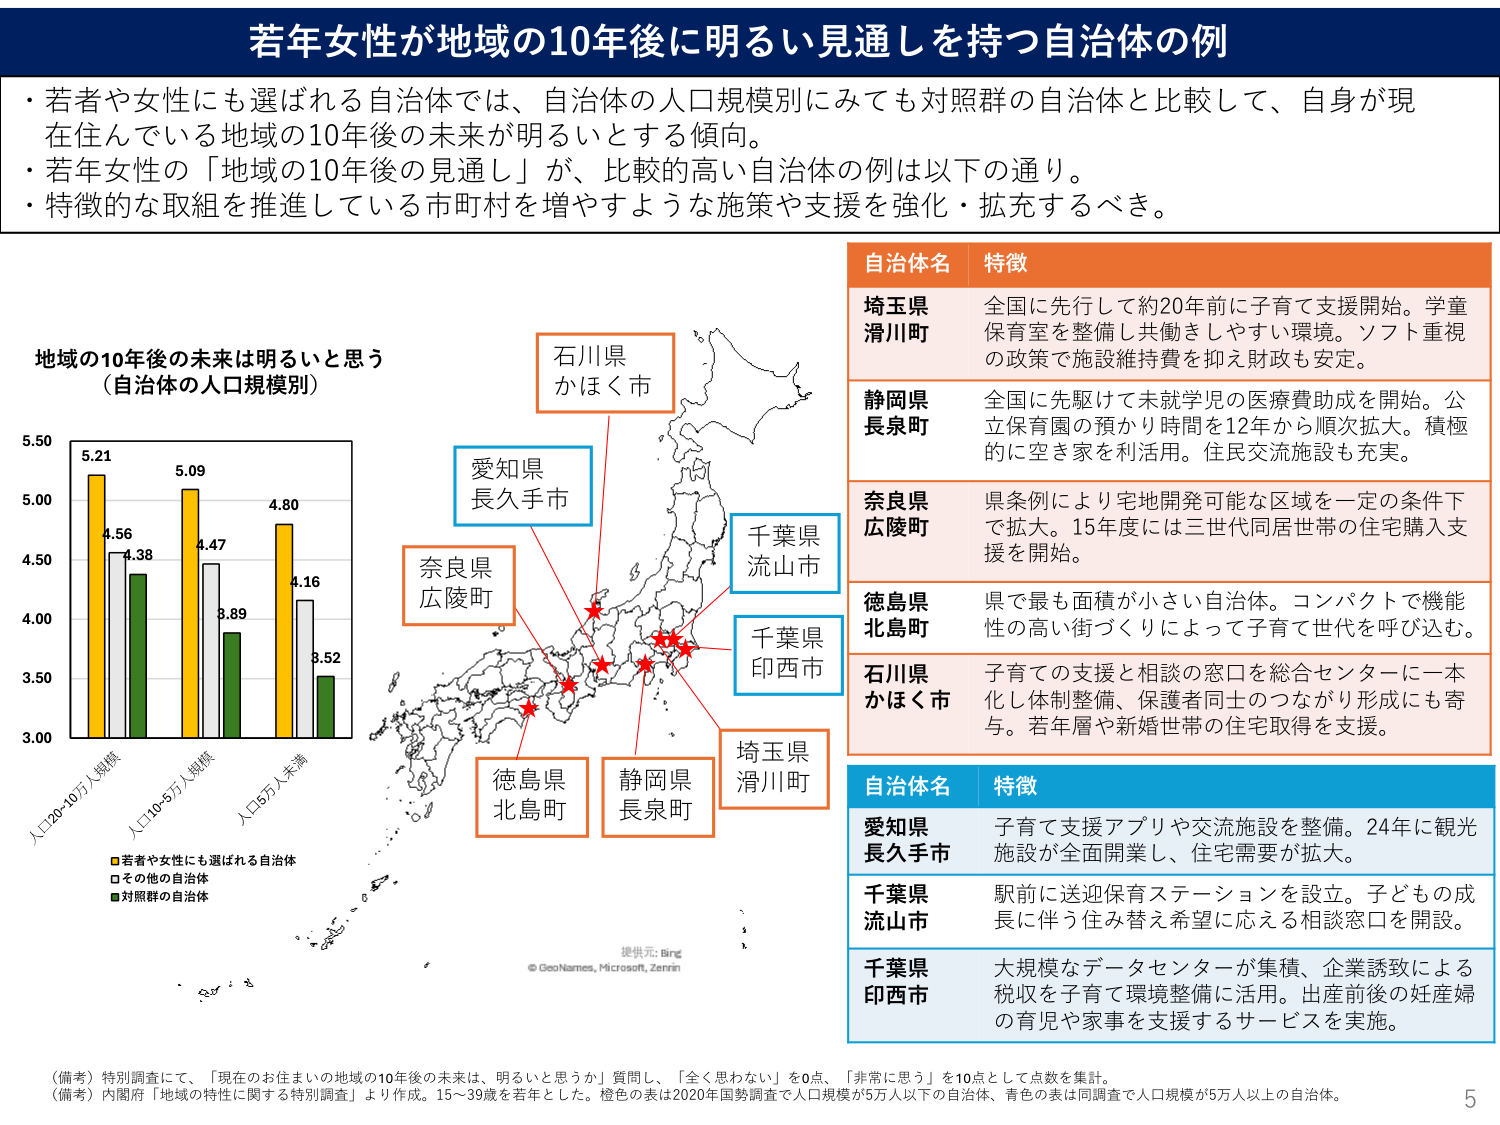
若年女性が地域の10年後に明るい見通しを持つ自治体の例

・若者や女性にも選ばれる自治体では、自治体の人口規模別にみても対照群の自治体と比較して、自身が現在住んでいる地域の10年後の未来が明るいとする傾向。
・若年女性の「地域の10年後の見通し」が、比較的高い自治体の例は以下の通り。
・特徴的な取組を推進している市町村を増やすような施策や支援を強化・拡充するべき。

地域の10年後の未来は明るいと思う
（自治体の人口規模別）

5.21
4.56
4.38
5.09
4.47
3.89
4.80
4.16
3.52

人口20~10万人規模
人口10~5万人規模
人口5万人未満

■若者や女性にも選ばれる自治体
□その他の自治体
■対照群の自治体

石川県
かほく市

愛知県
長久手市

奈良県
広陵町

千葉県
流山市

千葉県
印西市

徳島県
北島町

静岡県
長泉町

埼玉県
滑川町

自治体名 特徴

埼玉県
滑川町
全国に先行して約20年前に子育て支援開始。学童保育室を整備し共働きしやすい環境。ソフト重視の政策で施設維持費を抑え財政も安定。

静岡県
長泉町
全国に先駆けて未就学児の医療費助成を開始。公立保育園の預かり時間を12年から順次拡大。積極的に空き家を利活用。住民交流施設も充実。

奈良県
広陵町
県条例により宅地開発可能な区域を一定の条件下で拡大。15年度には三世代同居世帯の住宅購入支援を開始。

徳島県
北島町
県で最も面積が小さい自治体。コンパクトで機能性の高い街づくりによって子育て世代を呼び込む。

石川県
かほく市
子育ての支援と相談の窓口を総合センターに一本化し体制整備、保護者同士のつながり形成にも寄与。若年層や新婚世帯の住宅取得を支援。

自治体名 特徴

愛知県
長久手市
子育て支援アプリや交流施設を整備。24年に観光施設が全面開業し、住宅需要が拡大。

千葉県
流山市
駅前に送迎保育ステーションを設立。子どもの成長に伴う住み替え希望に応える相談窓口を開設。

千葉県
印西市
大規模なデータセンターが集積、企業誘致による税収を子育て環境整備に活用。出産前後の妊産婦の育児や家事を支援するサービスを実施。

提供元: Bing
© GeoNames, Microsoft, Zenrin

（備考）特別調査にて、「現在のお住まいの地域の10年後の未来は、明るいと思うか」質問し、「全く思わない」を0点、「非常に思う」を10点として点数を集計。
（備考）内閣府「地域の特性に関する特別調査」より作成。15～39歳を若年とした。橙色の表は2020年国勢調査で人口規模が5万人以下の自治体、青色の表は同調査で人口規模が5万人以上の自治体。

5